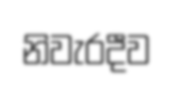
නිවැරදීව